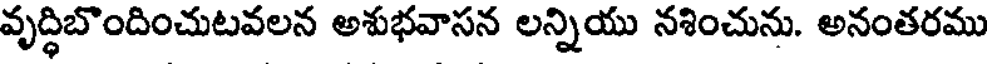
వృద్ధిబొందించుటవలన అశుభవాసన లన్నియు నశించును. అనంతరము